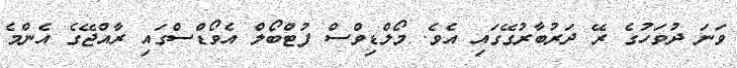
ވަނަ ދުވަހުގެ ރޭ ދަރުބާރުގޭގައި އެވެ. މޯލްޑިވްސް ފުޓްބޯލް އެވޯޑްސްގައި ރާއްޖޭގެ އެންމެ